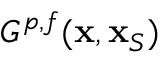
G ^ { p , f } ( { \bf x } , { \bf x } _ { S } )